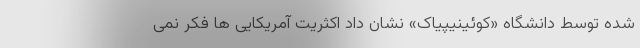
شده توسط دانشگاه «کوئینیپیاک» نشان داد اکثریت آمریکایی ها فکر نمی